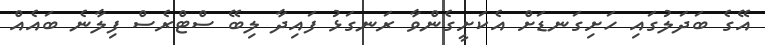
އޭގެ ބަދަލުގައި ހަށިގަނޑަށް އެކަށީގެންވާ ރަނގަޅު ފައިދާ ލިބޭ ސްޓްރެސް ފިލާނެ ބައެއް